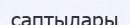
саптылары